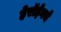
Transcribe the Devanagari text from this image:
हेरॉईनचे